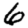
Digit: 6